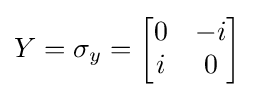
Y=\sigma _{y}={\begin{bmatrix}0&-i\\i&0\end{bmatrix}}